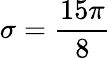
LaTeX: \sigma=\frac{15\pi}{8}